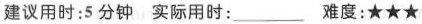
建议用时: 5分钟 实际用时:___ 难度:★★★